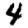
Digit: 4